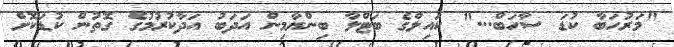
"މަރުހަބާ ކުޑަ ސާހަބް..." ކައިލްގެ ބަޓްލާ ބިންޔާމިން އަދަބު އަދާކުރުމުގެ ގޮތުން ކުޑަކޮށް